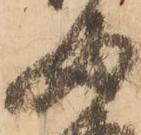
女